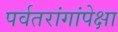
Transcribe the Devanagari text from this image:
पर्वतरांगांपेक्षा